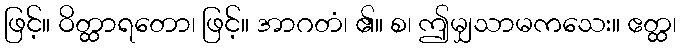
ဖြင့်။ ဝိတ္ထာရတော၊ ဖြင့်။ အာဂတံ၊ ၏။ စ၊ ဤမျှသာမကသေး။ ဧတ္ထ၊